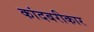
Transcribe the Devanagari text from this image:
कांदबरीकार